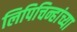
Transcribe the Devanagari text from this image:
लिपिचिन्हांच्या